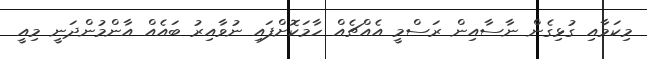
މިކަމާއި ގުޅިގެން ނާސާއިން ރަސްމީ އެއްޗެއް ހާމަކޮށްފައި ނުވާއިރު ބައެއް އާންމުންދަނީ މިއީ